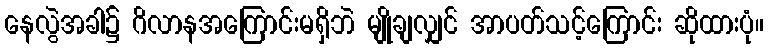
နေလွဲအခါ၌ ဂိလာနအကြောင်းမရှိဘဲ မျိုချလျှင် အာပတ်သင့်ကြောင်း ဆိုထားပုံ။